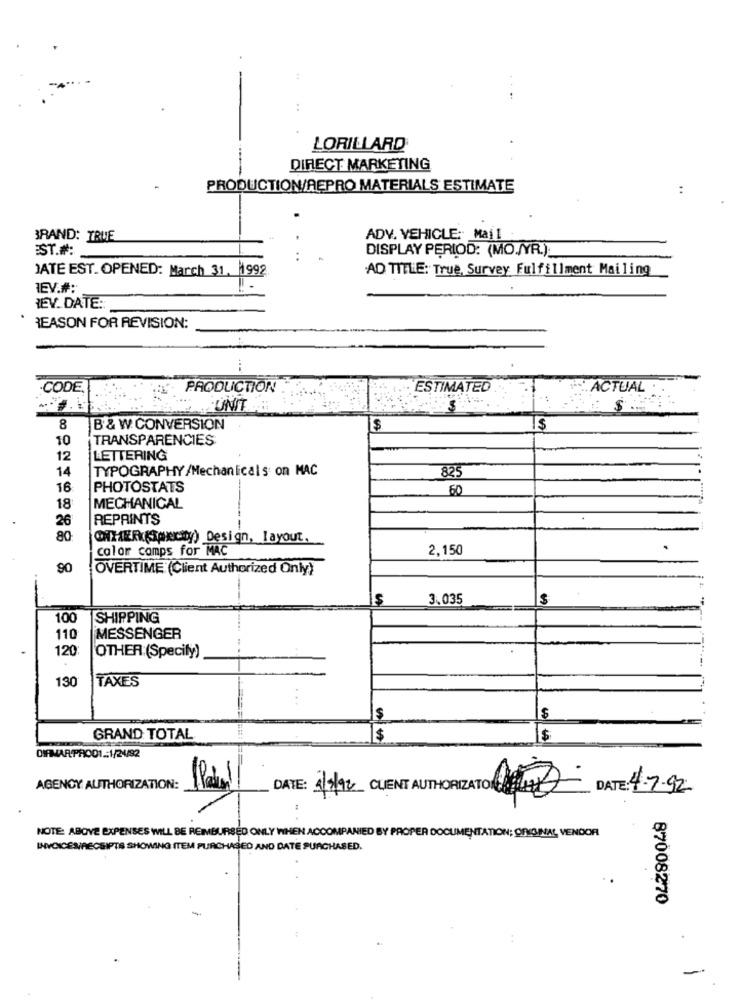
..
LORILLARD
DIRECT MARKETING
PRODUCTION/AEPRO MATERIALS ESTIMATE
..
BRAND: TRUE
ADY. VEHICLE: Mail
EST.#:
DISPLAY PERIOD: (MO./YR.)
..
JATE EST. OPENED: March 31. 1992
AD TITLE: True, Survey Fulfillment Mailing
1EV.#:
IEV_DATE:
REASON FOR REVISION:
-CODE.
PRODUCTION
ESTIMATED
ACTUAL
UNIT
$
8
B & W CONVERSION
$
10
TRANSPARENCIES
12
LETTERING
TYPOGRAPHY /Mechaniicals on MAC
825
14
16
PHOTOSTATS
60
18
MECHANICAL
26
REPRINTS
80
CHTER(THEcity) Design, layout,
calor camps for MAC
2,150
90
OVERTIME (Client Authorized Only)
3.035
100
SHIPPING
110
MESSENGER
120:
OTHER:(Specify)
130
TAXES
$
GRAND TOTAL
$
$
VE
AGENCY AUTHORIZATION:
DATE: 1/8/92 CLIENT AUTHORIZATION LERLE
DATE: 4.7.92
NOTE: ABOVE EXPENSES WILL BE REIMBURSED ONLY WHEN ACCOMPANIED BY PROPER DOCUMENTATION; ORIGINAL VENDOR
INVOICES/RECEIPTS SHOWING ITEM PURCHASED AND DATE PURCHASED.
87008270
-
-